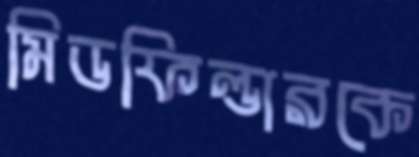
মিডফিল্ডারকে